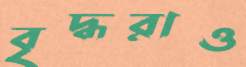
বৃদ্ধরাও